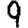
Digit: 9